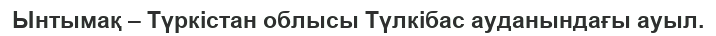
Ынтымақ – Түркістан облысы Түлкібас ауданындағы ауыл.